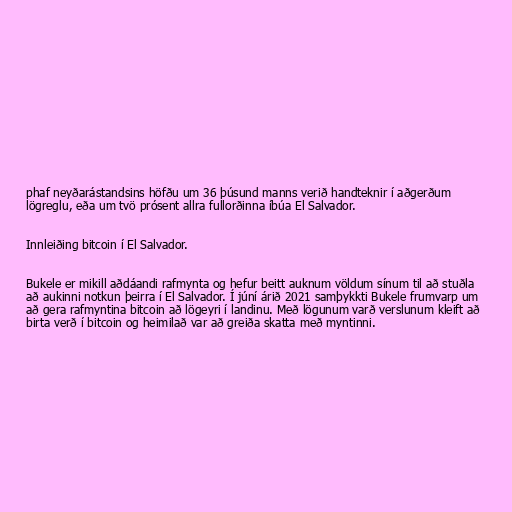
phaf neyðarástandsins höfðu um 36 þúsund manns verið handteknir í aðgerðum
lögreglu, eða um tvö prósent allra fullorðinna íbúa El Salvador.

Innleiðing bitcoin í El Salvador.

Bukele er mikill aðdáandi rafmynta og hefur beitt auknum völdum sínum til að stuðla
að aukinni notkun þeirra í El Salvador. Í júní árið 2021 samþykkti Bukele frumvarp um
að gera rafmyntina bitcoin að lögeyri í landinu. Með lögunum varð verslunum kleift að
birta verð í bitcoin og heimilað var að greiða skatta með myntinni.